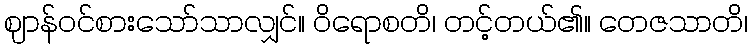
ဈာန်ဝင်စားသော်သာလျှင်။ ဝိရောစတိ၊ တင့်တယ်၏။ တေဇသာတိ၊